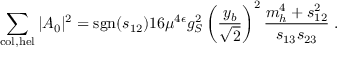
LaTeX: \sum _ { \mathrm { c o l , h e l } } | { \cal A } _ { 0 } | ^ { 2 } = \mathrm { s g n } ( s _ { 1 2 } ) 1 6 \mu ^ { 4 \epsilon } g _ { S } ^ { 2 } \left( \frac { y _ { b } } { \sqrt 2 } \right) ^ { 2 } \frac { m _ { h } ^ { 4 } + s _ { 1 2 } ^ { 2 } } { s _ { 1 3 } s _ { 2 3 } } \; .